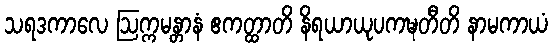
သရဒကာလေ ဩက္ကမန္တာနံ ဧကတ္ထာတိ နိရယာယုပကဍ္ဎတီတိ နာမကာယံ